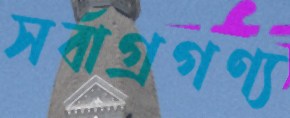
সর্বাগ্রগণ্য